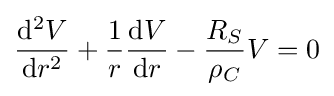
{\frac {\mathrm {d} ^{2}V}{\mathrm {d} r^{2}}}+{\frac {1}{r}}{\frac {\mathrm {d} V}{\mathrm {d} r}}-{\frac {R_{S}}{\rho _{C}}}V=0